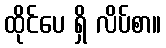
ထိုင်ပေ ရှိ လိပ်စာ။